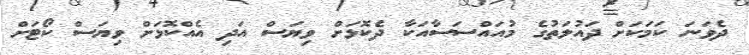
ދެވަނަ ކަމަކަށް ދައުލަތުގެ މުއައްސަސާއަކާ ދެކޮޅަށް ވިޔަސް އަދި އެއްކޮޅަށް ވިޔަސް ކޯޓަށް